Document type: Emphyteutic lease
Year: 1274
Scribe: Pere Marquès
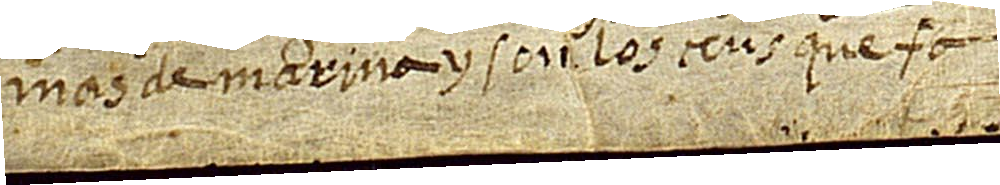
mas de Marina. Y són los cens que fa.